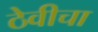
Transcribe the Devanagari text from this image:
ठेवीचा